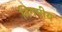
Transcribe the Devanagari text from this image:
निगमीय